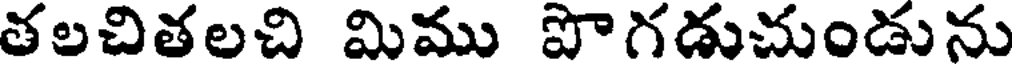
తలచితలచి మిము పొగడుచుండును